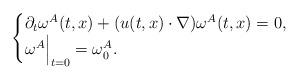
LaTeX: \begin{align*}\begin{cases}\partial_t \omega^A(t,x) + (u(t,x) \cdot \nabla) \omega^A(t,x)=0, \\\omega^A \Bigr|_{t=0} = \omega_0^A.\end{cases}\end{align*}